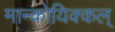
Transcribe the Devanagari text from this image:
मान्कोयिक्कल्